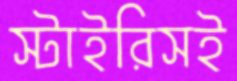
স্টাইরিসই